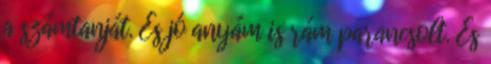
a számtanját. És jó anyám is rám parancsolt. És